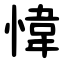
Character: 愇